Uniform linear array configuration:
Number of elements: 12
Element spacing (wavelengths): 1
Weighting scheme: kaiser
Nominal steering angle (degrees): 0
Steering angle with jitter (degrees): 0.7634
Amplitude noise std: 0.05
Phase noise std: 0.05

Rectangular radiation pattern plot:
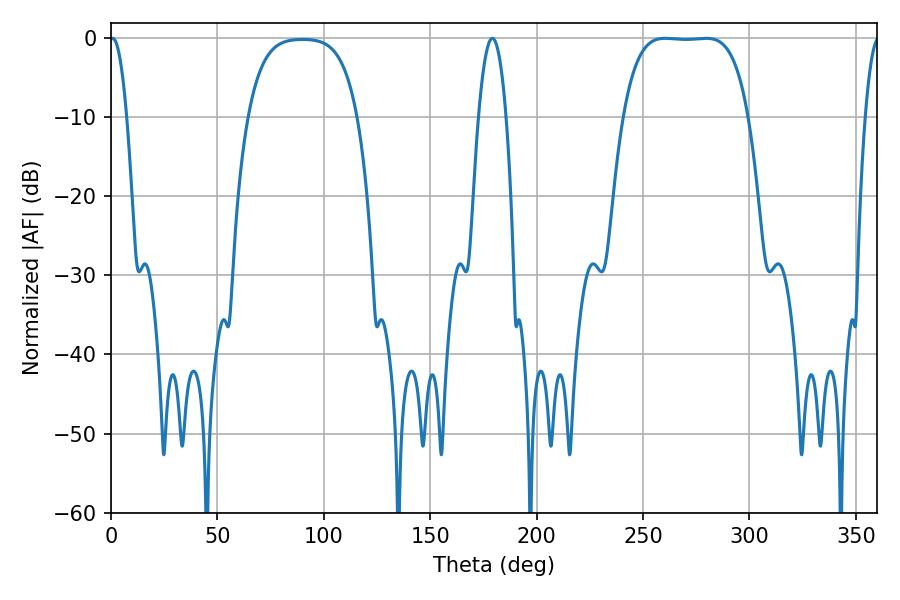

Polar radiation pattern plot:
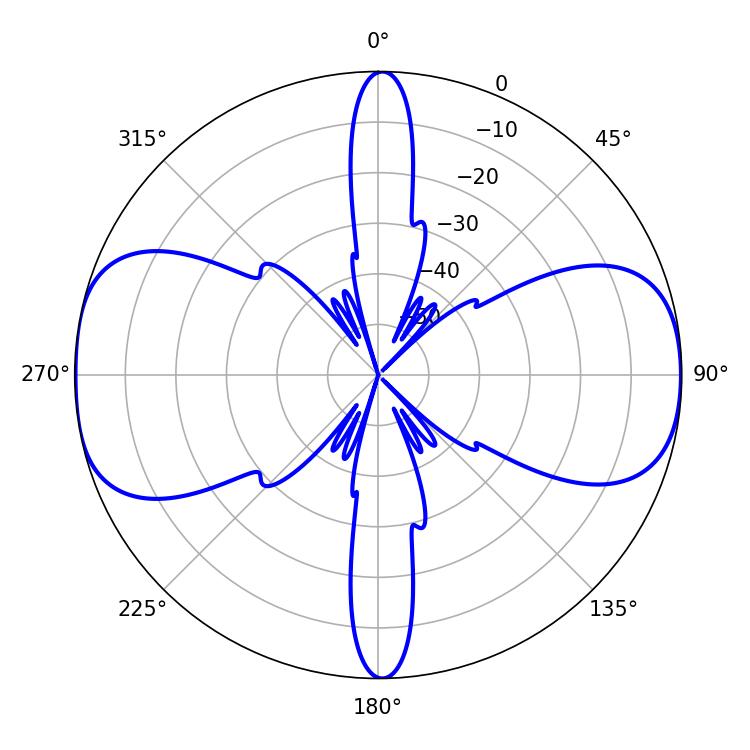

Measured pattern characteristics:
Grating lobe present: TRUE
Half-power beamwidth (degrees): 45.36
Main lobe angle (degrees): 260.46